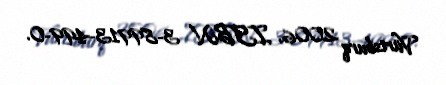
Vürtsburq 2006, ISBN 3-89913-499-0.